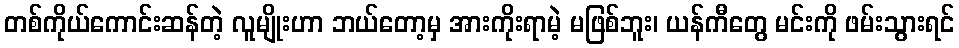
တစ်ကိုယ်ကောင်းဆန်တဲ့ လူမျိုးဟာ ဘယ်တော့မှ အားကိုးရာမဲ့ မဖြစ်ဘူး၊ ယန်ကီတွေ မင်းကို ဖမ်းသွားရင်